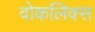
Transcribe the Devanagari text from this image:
वोकलिक्स